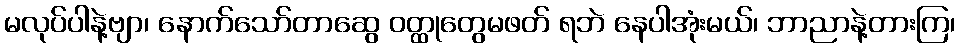
မလုပ်ပါနဲ့ဗျာ၊ နောက်သော်တာဆွေ ဝတ္ထုတွေမဖတ် ရဘဲ နေပါအုံးမယ်၊ ဘာညာနဲ့တားကြ၊